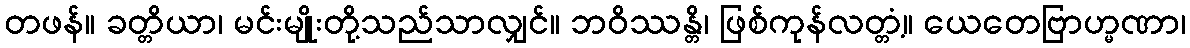
တဖန်။ ခတ္တိယာ၊ မင်းမျိုးတို့သည်သာလျှင်။ ဘဝိဿန္တိ၊ ဖြစ်ကုန်လတ္တံ့။ ယေတေဗြာဟ္မဏာ၊